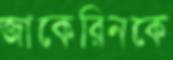
জাকেরিনকে